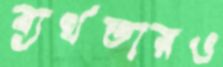
ব্যর্থতারও